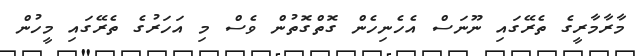
މާރާމާރީގެ ތެރޭގައި ނޫނަސް އެހެނިހެން ގޮތްގޮތުން ވެސް މި އަހަރުގެ ތެރޭގައި މީހުން